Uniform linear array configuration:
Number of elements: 32
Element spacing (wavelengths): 0.25
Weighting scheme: hamming
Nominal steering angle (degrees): -60
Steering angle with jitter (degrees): -58.64
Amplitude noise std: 0.05
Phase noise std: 0.05

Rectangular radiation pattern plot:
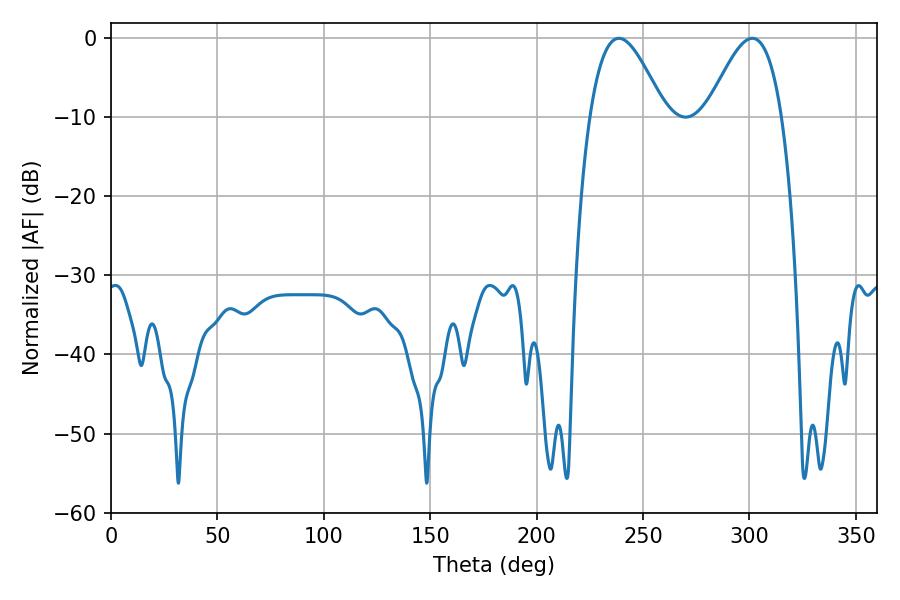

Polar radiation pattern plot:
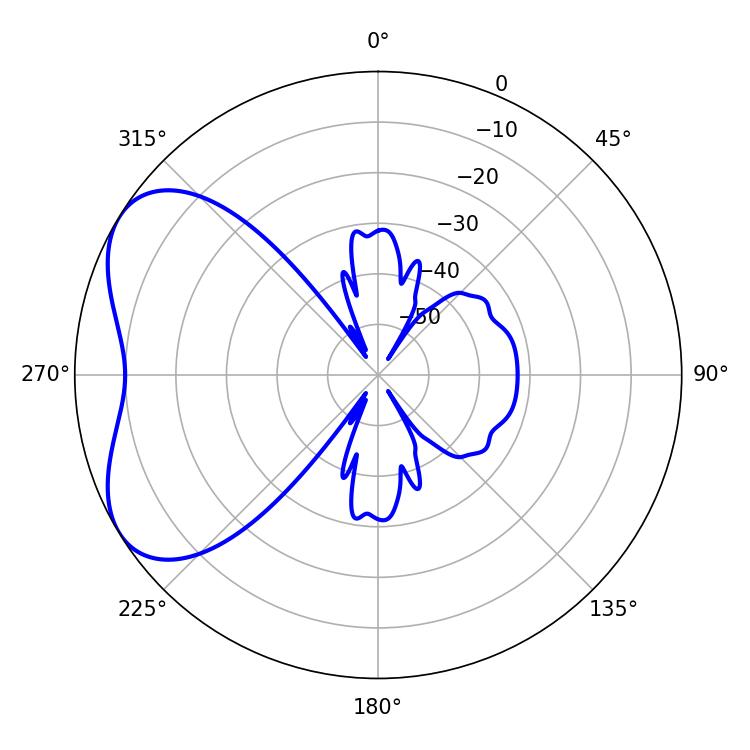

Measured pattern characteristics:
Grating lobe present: FALSE
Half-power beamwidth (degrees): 18.9
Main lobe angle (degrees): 238.68